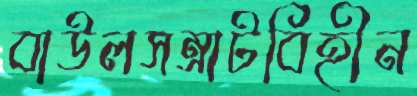
বাউলসম্রাটবিহীন